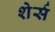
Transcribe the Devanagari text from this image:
शेर्स